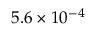
5 . 6 \times 1 0 ^ { - 4 }